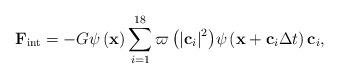
LaTeX: \begin{align*}{{\bf{F}}_{{\mathop{\rm int}} }} = - G\psi \left( {\bf{x}} \right)\sum\limits_{i = 1}^{18} {\varpi \left( {{{\left| {{{\bf{c}}_i}} \right|}^2}} \right)} \psi \left( {{\bf{x}} + {{\bf{c}}_i}\Delta t} \right){{\bf{c}}_i},\end{align*}